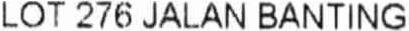
LOT 276 JALAN BANTING